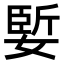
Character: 𪦑